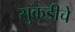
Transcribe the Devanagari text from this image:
सुकडीचे